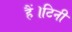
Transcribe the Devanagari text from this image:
हैं।टिनी